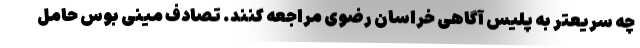
چه سریعتر به پلیس آگاهی خراسان رضوی مراجعه کنند. تصادف مینی بوس حامل